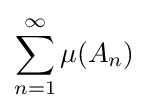
\displaystyle \sum _{n=1}^{\infty }\mu (A_{n})